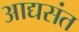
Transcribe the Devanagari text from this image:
आद्यसंत